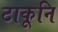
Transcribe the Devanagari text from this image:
टाकूनि